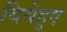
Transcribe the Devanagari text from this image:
दियेहुए